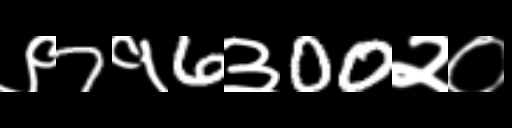
Text: ९7१6३00२०